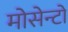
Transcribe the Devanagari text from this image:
मोसेन्टो